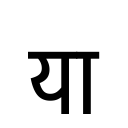
OCR:
या